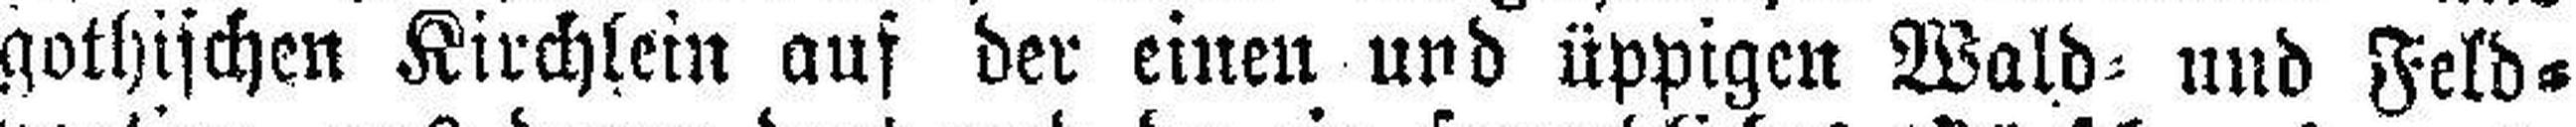
gothischen Kirchlein auf der einen und üppigen Wald= und Feld¬